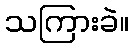
သကြားခဲ။